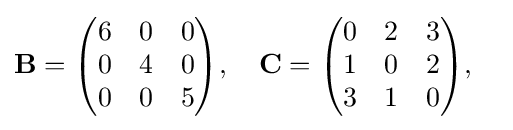
{\begin{aligned}&\mathbf {B} ={\begin{pmatrix}6&0&0\\0&4&0\\0&0&5\end{pmatrix}},\quad \mathbf {C} ={\begin{pmatrix}0&2&3\\1&0&2\\3&1&0\end{pmatrix}},\end{aligned}}